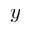
y